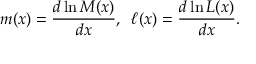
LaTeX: m ( x ) = \frac { d \ln { M ( x ) } } { d x } , \, \, \, \ell ( x ) = \frac { d \ln { { \cal L } ( x ) } } { d x } .